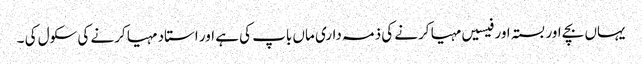
یہاں بچے اور بستہ اور فیسیں مہیا کرنے کی ذمہ داری ماں باپ کی ہے اور استاد مہیا کرنے کی سکول کی ۔